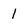
Character: 1